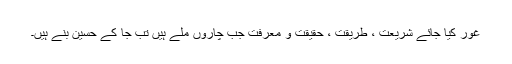
غور کیا جائے شریعت ، طریقت ، حقیقت و معرفت جب چاروں ملے ہیں تب جا کے حسین بنے ہیں۔